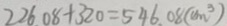
2 2 6 . 0 8 + 3 2 0 = 5 4 6 . 0 8 ( c m ^ { 3 } )